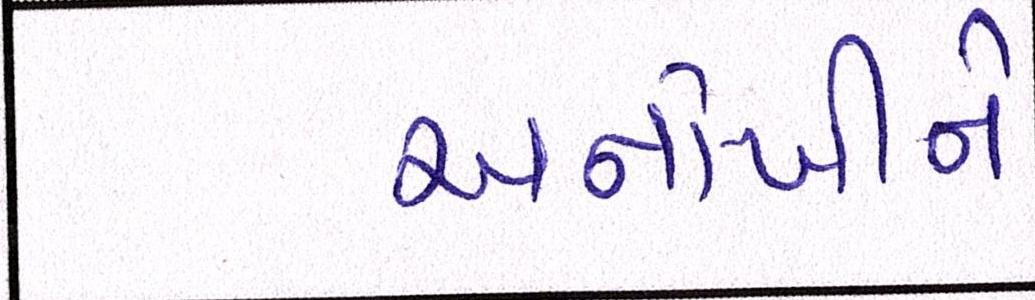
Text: અનોખીને